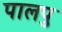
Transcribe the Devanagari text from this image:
पालपु